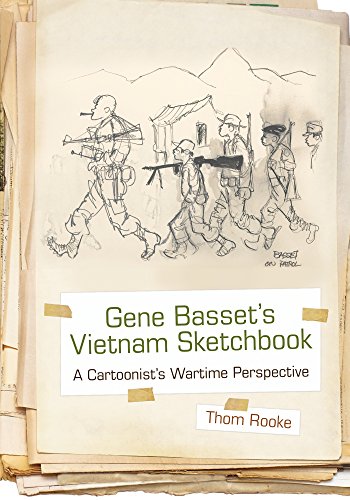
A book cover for Gene Basset's Vietnam Sketchbook: A Cartoonist's Wartime Perspective; Thom Rooke; Comics & Graphic Novels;